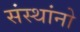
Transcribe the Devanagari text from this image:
संस्थांनो